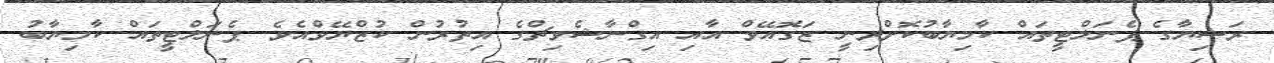
ރަޝިޔާގެ ޕެނަލްޓީތައް ކާމިޔާބުކޮށްދިނީ ޒަގޮއޭވް އާއި އިގްނާޝެވިޗްގެ އިތުރުން ކުޒްޔޭވްއެވެ. ޕެނަލްޓީތައް ކާމިޔާބު